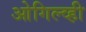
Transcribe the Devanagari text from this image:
ओगिल्व्ही